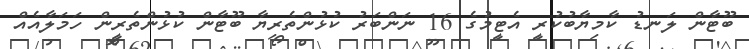
ބޫޓާން ލަނޑު ކާމިޔާބުކުރީ އެޓީމުގެ 16 ނަންބަރު ކުޅުންތެރިޔާ ބޫޓާން ކުޅުންތެރީން ހަމަލާއެއް